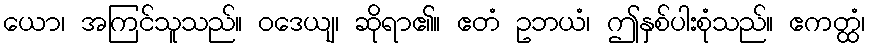
ယော၊ အကြင်သူသည်။ ဝဒေယျ၊ ဆိုရာ၏။ ဧတံ ဥဘယံ၊ ဤနှစ်ပါးစုံသည်။ ဧကတ္ထံ၊